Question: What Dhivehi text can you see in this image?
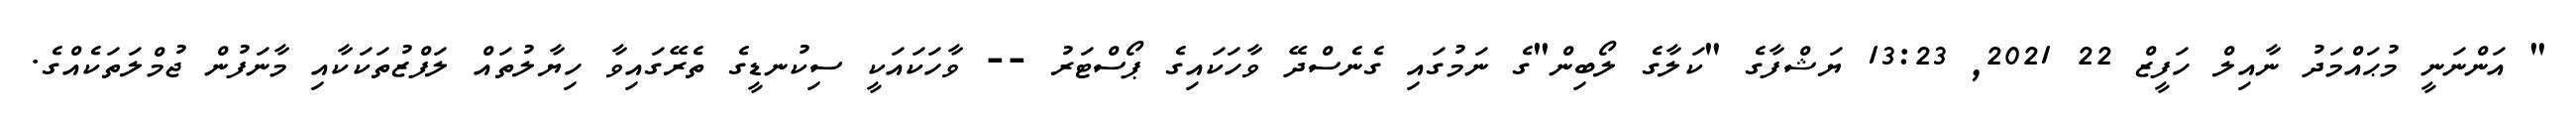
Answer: " އަންނަނީ މުޙައްމަދު ނާއިލް ހަފީޒް 22 2021, 13:23 ޔަޝްފާގެ "ކަލާގެ ލޯބިން"ގެ ނަމުގައި ގެނެސްދޭ ވާހަކައިގެ ޕޯސްޓަރު -- ވާހަކައަކީ ސިކުނޑީގެ ތެރޭގައިވާ ހިޔާލުތައް ލަފްޒުތަކަކާއި މާނަފުން ޖުމްލަތަކެއްގެ.